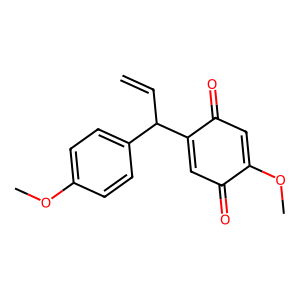
SMILES: C=CC(C1=CC(=O)C(OC)=CC1=O)c1ccc(OC)cc1
Inhibits HIV replication: No